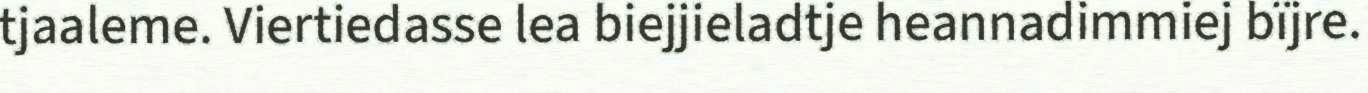
tjaaleme. Viertiedasse lea biejjieladtje heannadimmiej bïjre.